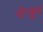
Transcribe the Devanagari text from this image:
देजूर